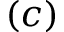
( c )